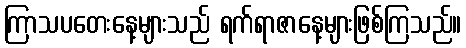
ကြာသပတေးနေ့များသည် ရက်ရာဇာနေ့များဖြစ်ကြသည်။